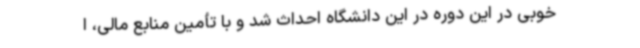
خوبی در این دوره در این دانشگاه احداث شد و با تأمین منابع مالی، ا